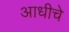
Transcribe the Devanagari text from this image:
अाधीचे